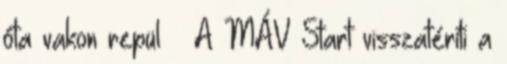
óta vakon repül ¤ A MÁV Start visszatéríti a